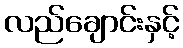
လည်ချောင်းနှင့်